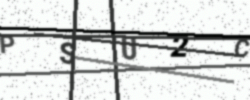
Text: PSU2C